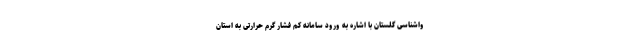
واشناسی گلستان با اشاره به ورود سامانه کم فشار گرم حرارتی به استان